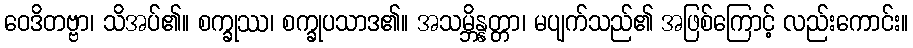
ဝေဒိတဗ္ဗာ၊ သိအပ်၏။ စက္ခုဿ၊ စက္ခုပသာဒ၏။ အသမ္ဘိန္နတ္တာ၊ မပျက်သည်၏ အဖြစ်ကြောင့် လည်းကောင်း။